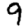
Digit: 9